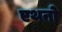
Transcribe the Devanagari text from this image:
एथनो